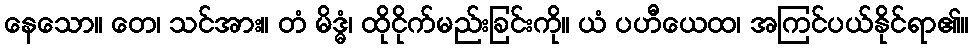
နေသော။ တေ၊ သင်အား။ တံ မိဒ္ဓံ၊ ထိုငိုက်မည်းခြင်းကို။ ယံ ပဟီယေထ၊ အကြင်ပယ်နိုင်ရာ၏။